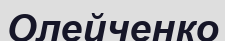
Олейченко